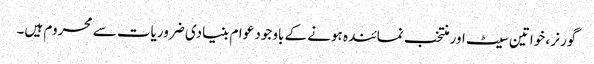
گورنر ، خواتین سیٹ اور منتخب نمائندہ ہونے کے باوجود عوام بنیادی ضروریات سے محروم ہیں۔